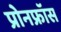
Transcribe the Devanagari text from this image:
प्रोनफ्रॉस